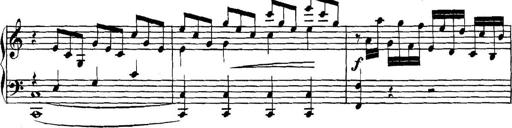
Title: Collected Piano Sonatas
Composer: Muzio Clementi